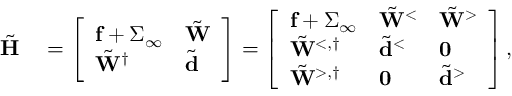
\begin{array} { r l } { \tilde { \mathbf { H } } } & { { } = \left[ \begin{array} { l l } { \mathbf { f } + \boldsymbol { \Sigma } _ { \infty } } & { \tilde { \mathbf { W } } } \\ { \tilde { \mathbf { W } } ^ { \dagger } } & { \tilde { \mathbf { d } } } \end{array} \right] = \left[ \begin{array} { l l l } { \mathbf { f } + \boldsymbol { \Sigma } _ { \infty } } & { \tilde { \mathbf { W } } ^ { < } } & { \tilde { \mathbf { W } } ^ { > } } \\ { \tilde { \mathbf { W } } ^ { < , \dagger } } & { \tilde { \mathbf { d } } ^ { < } } & { \mathbf { 0 } } \\ { \tilde { \mathbf { W } } ^ { > , \dagger } } & { \mathbf { 0 } } & { \tilde { \mathbf { d } } ^ { > } } \end{array} \right] , } \end{array}